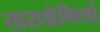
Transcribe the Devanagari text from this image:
ताराश्रेणियों